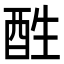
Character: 𨠠